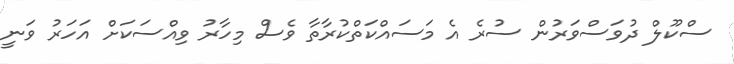
ސްކޫލް ދުވަސްވަރުން ސުރެ އެ މަސައްކަތްކުރާތާ ވެސް މިހާރު ވިއްސަކަށް އަހަރު ވަނީ